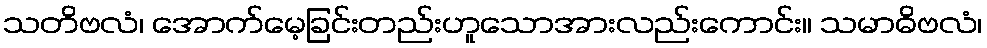
သတိဗလံ၊ အောက်မေ့ခြင်းတည်းဟူသောအားလည်းကောင်း။ သမာဓိဗလံ၊